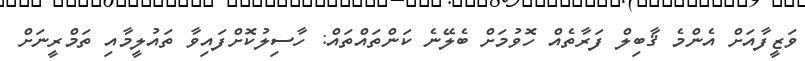
ވަޒީފާއަށް އެންމެ ޤާބިލް ފަރާތެއް ހޮވުމަށް ބެލޭނެ ކަންތައްތައް: ހާސިލުކޮށްފައިވާ ތައުލީމާއި ތަމްރީނަށް